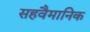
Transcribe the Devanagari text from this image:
सहवैमानिक